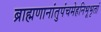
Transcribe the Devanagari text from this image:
ब्राह्मणानांतुपंचमेहनिभूभृतां